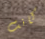
كانت